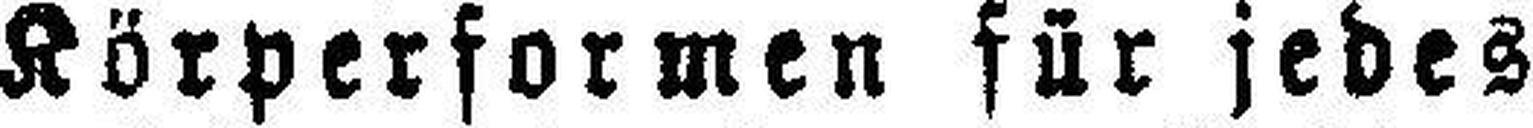
Körperformen für jedes